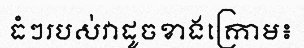
ធំៗរបស់វាដូចខាងក្រោម៖